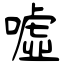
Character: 噓